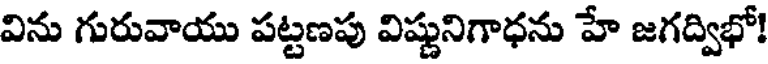
విను గురువాయు పట్టణపు విష్ణునిగాధను హే జగద్విభో!